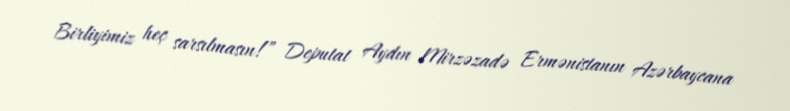
Birliyimiz heç sarsılmasın!” Deputat Aydın Mirzəzadə Ermənistanın Azərbaycana